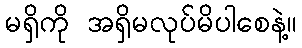
မရှိကို အရှိမလုပ်မိပါစေနဲ့။